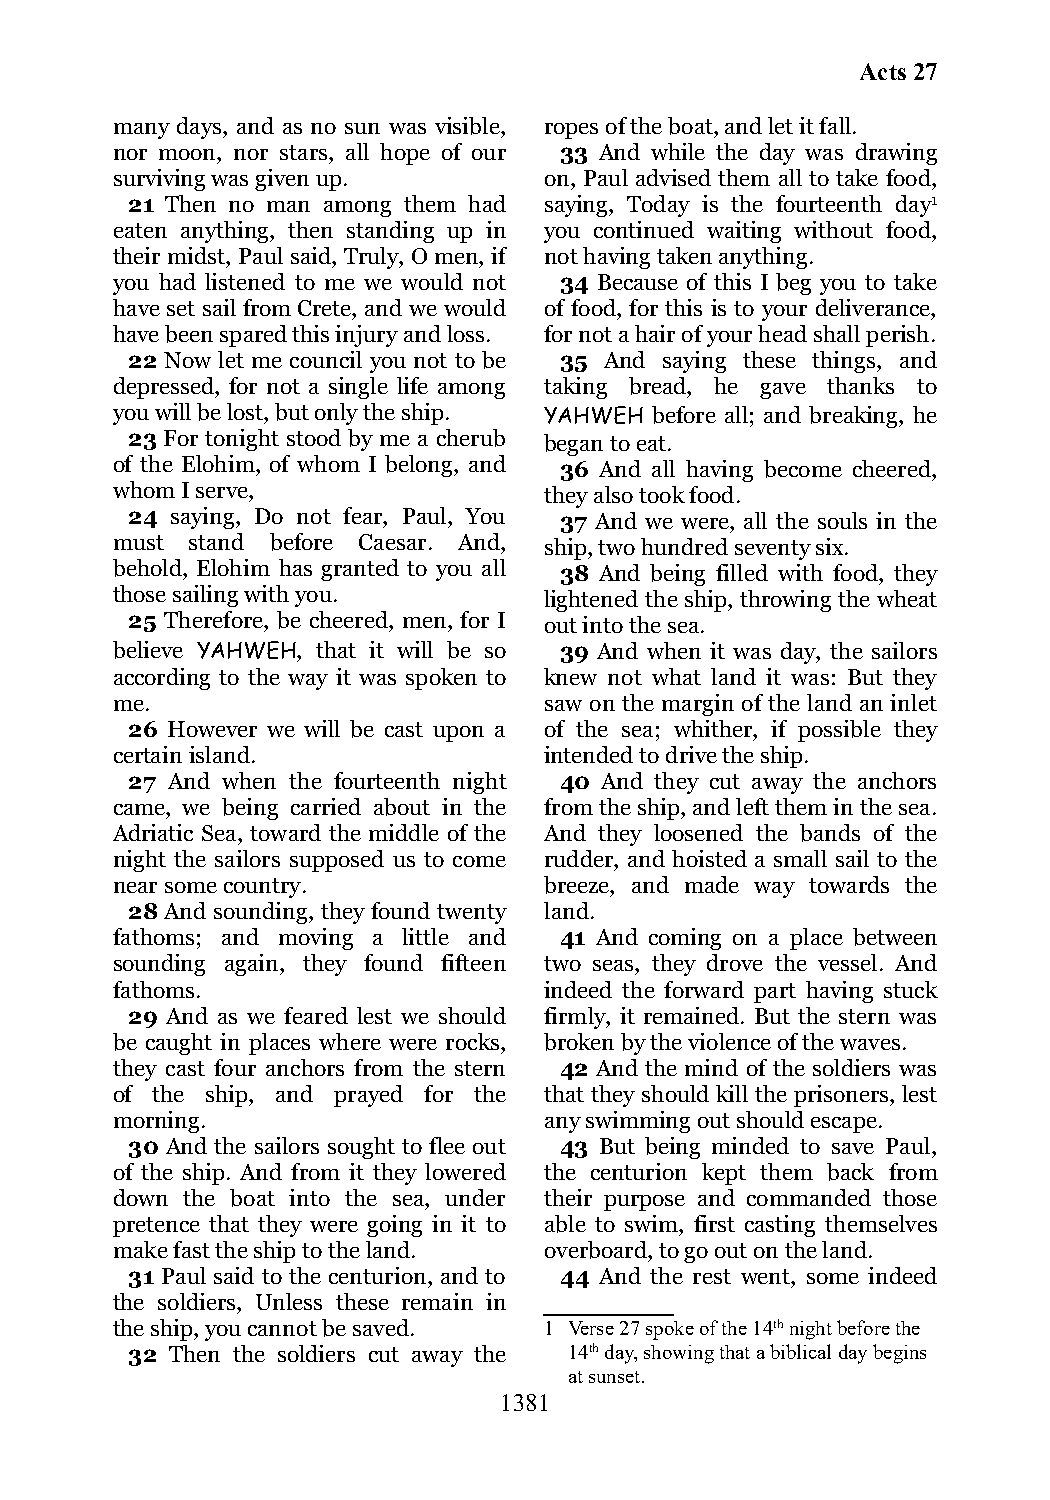
Acts 27
 many days, and as no sun was visible, ropes of the boat, and let it fall.
 nor moon, nor stars, all hope of our 33 And while the day was drawing
 surviving was given up.      on, Paul advised them all to take food,
 21 Then no man among them had saying, Today is the fourteenth day1
 eaten anything, then standing up in you continued waiting without food,
 their midst, Paul said, Truly, O men, if not having taken anything.
 you had listened to me we would not 34 Because of this I beg you to take
 have set sail from Crete, and we would of food, for this is to your deliverance,
 have been spared this injury and loss. for not a hair of your head shall perish.
 22 Now let me council you not to be 35 And saying these things, and
 depressed, for not a single life among taking bread, he gave thanks to
 you will be lost, but only the ship. YAHWEH before all; and breaking, he
 23 For tonight stood by me a cherub began to eat.
 of the Elohim, of whom I belong, and 36 And all having become cheered,
 whom I serve,                they also took food.
 24 saying, Do not fear, Paul, You 37 And we were, all the souls in the
 must stand before Caesar. And, ship, two hundred seventy six.
 behold, Elohim has granted to you all 38 And being filled with food, they
 those sailing with you.      lightened the ship, throwing the wheat
 25 Therefore, be cheered, men, for I out into the sea.
 believe YAHWEH, that it will be so 39 And when it was day, the sailors
 according to the way it was spoken to knew not what land it was: But they
 me.                          saw on the margin of the land an inlet
 26 However we will be cast upon a of the sea; whither, if possible they
 certain island.              intended to drive the ship.
 27 And when the fourteenth night 40 And they cut away the anchors
 came, we being carried about in the from the ship, and left them in the sea.
 Adriatic Sea, toward the middle of the And they loosened the bands of the
 night the sailors supposed us to come rudder, and hoisted a small sail to the
 near some country.           breeze, and made way towards the
 28 And sounding, they found twenty land.
 fathoms; and moving a little and 41 And coming on a place between
 sounding again, they found fifteen two seas, they drove the vessel. And
 fathoms.                     indeed the forward part having stuck
 29 And as we feared lest we should firmly, it remained. But the stern was
 be caught in places where were rocks, broken by the violence of the waves.
 they cast four anchors from the stern 42 And the mind of the soldiers was
 of the ship, and prayed for the that they should kill the prisoners, lest
 morning.                     any swimming out should escape.
 30 And the sailors sought to flee out 43 But being minded to save Paul,
 of the ship. And from it they lowered the centurion kept them back from
 down the boat into the sea, under their purpose and commanded those
 pretence that they were going in it to able to swim, first casting themselves
 make fast the ship to the land. overboard, to go out on the land.
 31 Paul said to the centurion, and to 44 And the rest went, some indeed
 the soldiers, Unless these remain in
 the ship, you cannot be saved. 1 Verse 27 spoke of the 14th night before the
 32 Then the soldiers cut away the 14th day, showing that a biblical day begins
 at sunset.
 1381